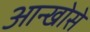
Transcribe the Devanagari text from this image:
आन्खोसे